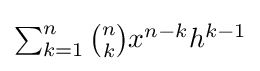
{\textstyle \sum _{k=1}^{n}{{\binom {n}{k}}x^{n-k}h^{k-1}}}